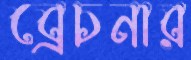
ব্রেচনার